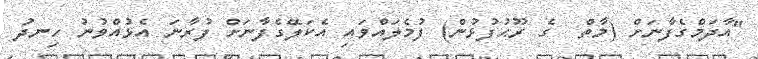
"އާދަމްގެފާނަށް (މާތް  ގެ ރޫޙުފުޅުން) ފުމެލައްވައި އެކަލޭގެފާނަށް ފުރާނަ އެޅުއްވުނު ހިނދު